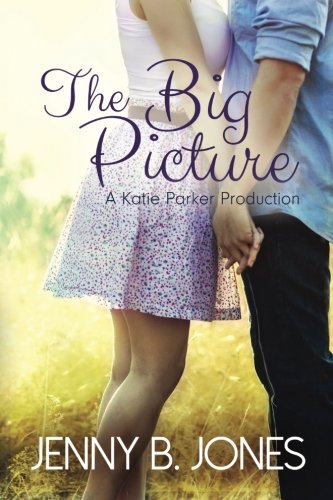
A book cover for The Big Picture (A Katie Parker Production) (Volume 3); Jenny B. Jones; Literature & Fiction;